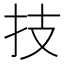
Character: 技